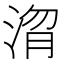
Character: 𭰴